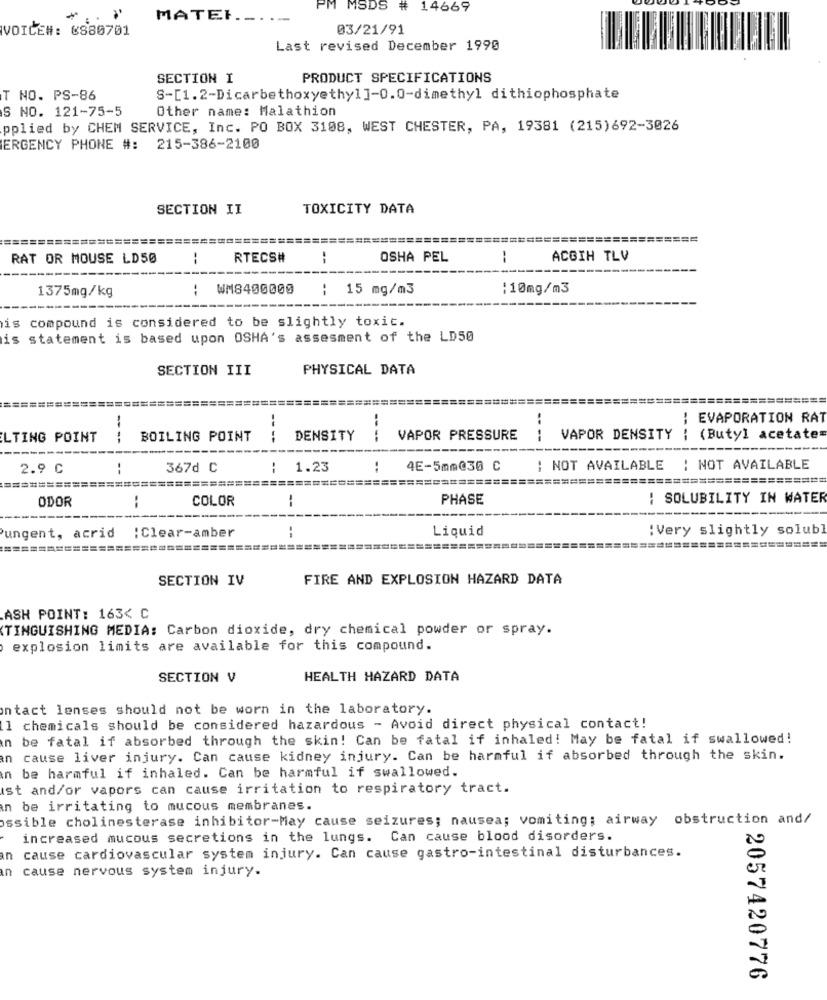
PM
MSDS
# 14669
MATEI .....
VOICE#: 8880701
03/21/91
Last revised December 1990
SECTION I
PRODUCT SPECIFICATIONS
T NO. PS-86
S-[1.2-Dicarbethoxyethyl]-0.0-dimethyl dithiophosphate
S NO. 121-75-5
Other name: Malathion
pplied by CHEM SERVICE, Inc. PO BOX 3108, WEST CHESTER, PA, 19381 (215)692-3026
ERGENCY PHONE #: 215-386-2100
SECTION II
TOXICITY DATA
=============
=================
===
RAT OR MOUSE LD50
--
RTECS#
OSHA PEL
--
ACGIH TLV
--
---
: WM8400000
: 15 mg/m3
:10mg/m3
1375mg/kg
is compound is considered to be slightly toxic.
is statement is based upon OSHA's assesment of the LD50
SECTION III
PHYSICAL DATA
====
======
======
-
: EVAPORATION RAT
LTING POINT
--
BOILING POINT
----
DENSITY
VAPOR PRESSURE
----
VAPOR DENSITY
: (Butyl acetate
-----------
---
2.9 C
--
367d C
1.23
..
4E-5mm030 C
: NOT AVAILABLE : NOT AVAILABLE
============================
========
===========================
-- !!
====================
=========
ODOR
COLOR
PHASE
: SOLUBILITY IN WATER
--
Liquid
:Very slightly solubl
Pungent, acrid :Clear-amber
==================
===========
SECTION IV
FIRE AND EXPLOSION HAZARD DATA
ASH POINT: 163< C
TINGUISHING MEDIA: Carbon dioxide, dry chemical powder or spray.
explosion limits are available for this compound.
SECTION V
HEALTH HAZARD DATA
ontact lenses should not be worn in the laboratory.
1 chemicals should be considered hazardous - Avoid direct physical contact!
n be fatal if absorbed through the skin! Can be fatal if inhaled! May be fatal if swallowed!
an cause liver injury. Can cause kidney injury. Can be harmful if absorbed through the skin.
in be harmful if inhaled. Can be harmful if swallowed.
ist and/or vapors can cause irritation to respiratory tract.
n be irritating to mucous membranes.
ossible cholinesterase inhibitor-May cause seizures; nausea; vomiting; airway obstruction and/
increased mucous secretions in the lungs. Can cause blood disorders.
in cause cardiovascular system injury. Can cause gastro-intestinal disturbances.
cause nervous system injury.
2057420776